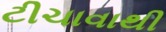
ટીચાવાથી